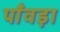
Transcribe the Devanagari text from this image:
पाँवड़ा